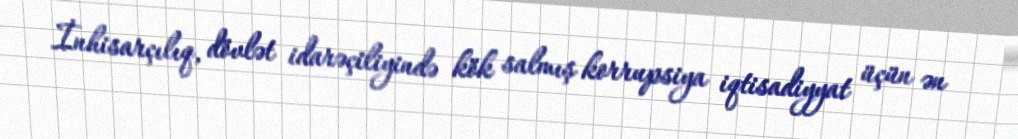
İnhisarçılıq, dövlət idarəçiliyində kök salmış korrupsiya iqtisadiyyat üçün ən